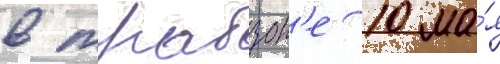
в трабзон'е 10 ма́я